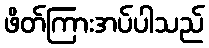
ဖိတ်ကြားအပ်ပါသည်